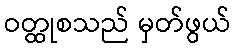
ဝတ္ထုစသည် မှတ်ဖွယ်